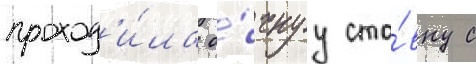
проход'и́ла о́чнуу ста́вку с